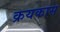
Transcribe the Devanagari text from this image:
क्रयकास